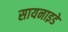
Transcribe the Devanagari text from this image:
सायनाइडे